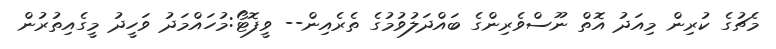
މެޗުގެ ކުރިން މިއަދު އޮތް ނޫސްވެރިންގެ ބައްދަލުވުމުގެ ތެރެއިން-- ވީފޮޓޯ:މުހައްމަދު ވަހީދު މީގެއިތުރުން